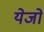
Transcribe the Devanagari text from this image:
येजो